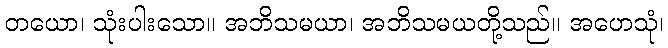
တယော၊ သုံးပါးသော။ အဘိသမယာ၊ အဘိသမယတို့သည်။ အဟေသုံ၊